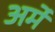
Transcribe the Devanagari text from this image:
अर्मे